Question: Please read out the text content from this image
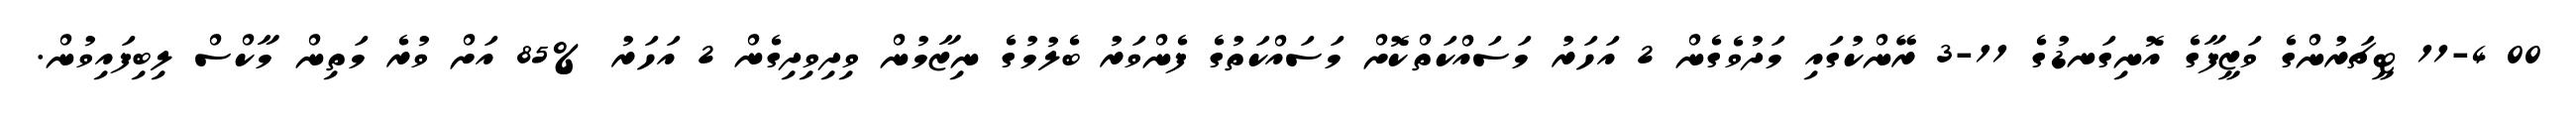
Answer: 00 11-4 ޓީޗަރުންގެ ވަޒީފާގެ އޮނިގަނޑުގެ 11-3 ރޭންކުގައި މަދުވެގެން 2 އަހަރު މަސައްކަތްކޮށް މަސައްކަތުގެ ފެންވަރު ބެލުމުގެ ނިޒާމުން ވިދިވިދިގެން 2 އަހަރު %85 އަށް ވުރެ މަތިން މާކްސް ލިބިފައިވުން.